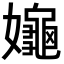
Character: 䶯